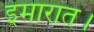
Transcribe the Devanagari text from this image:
इमारात।